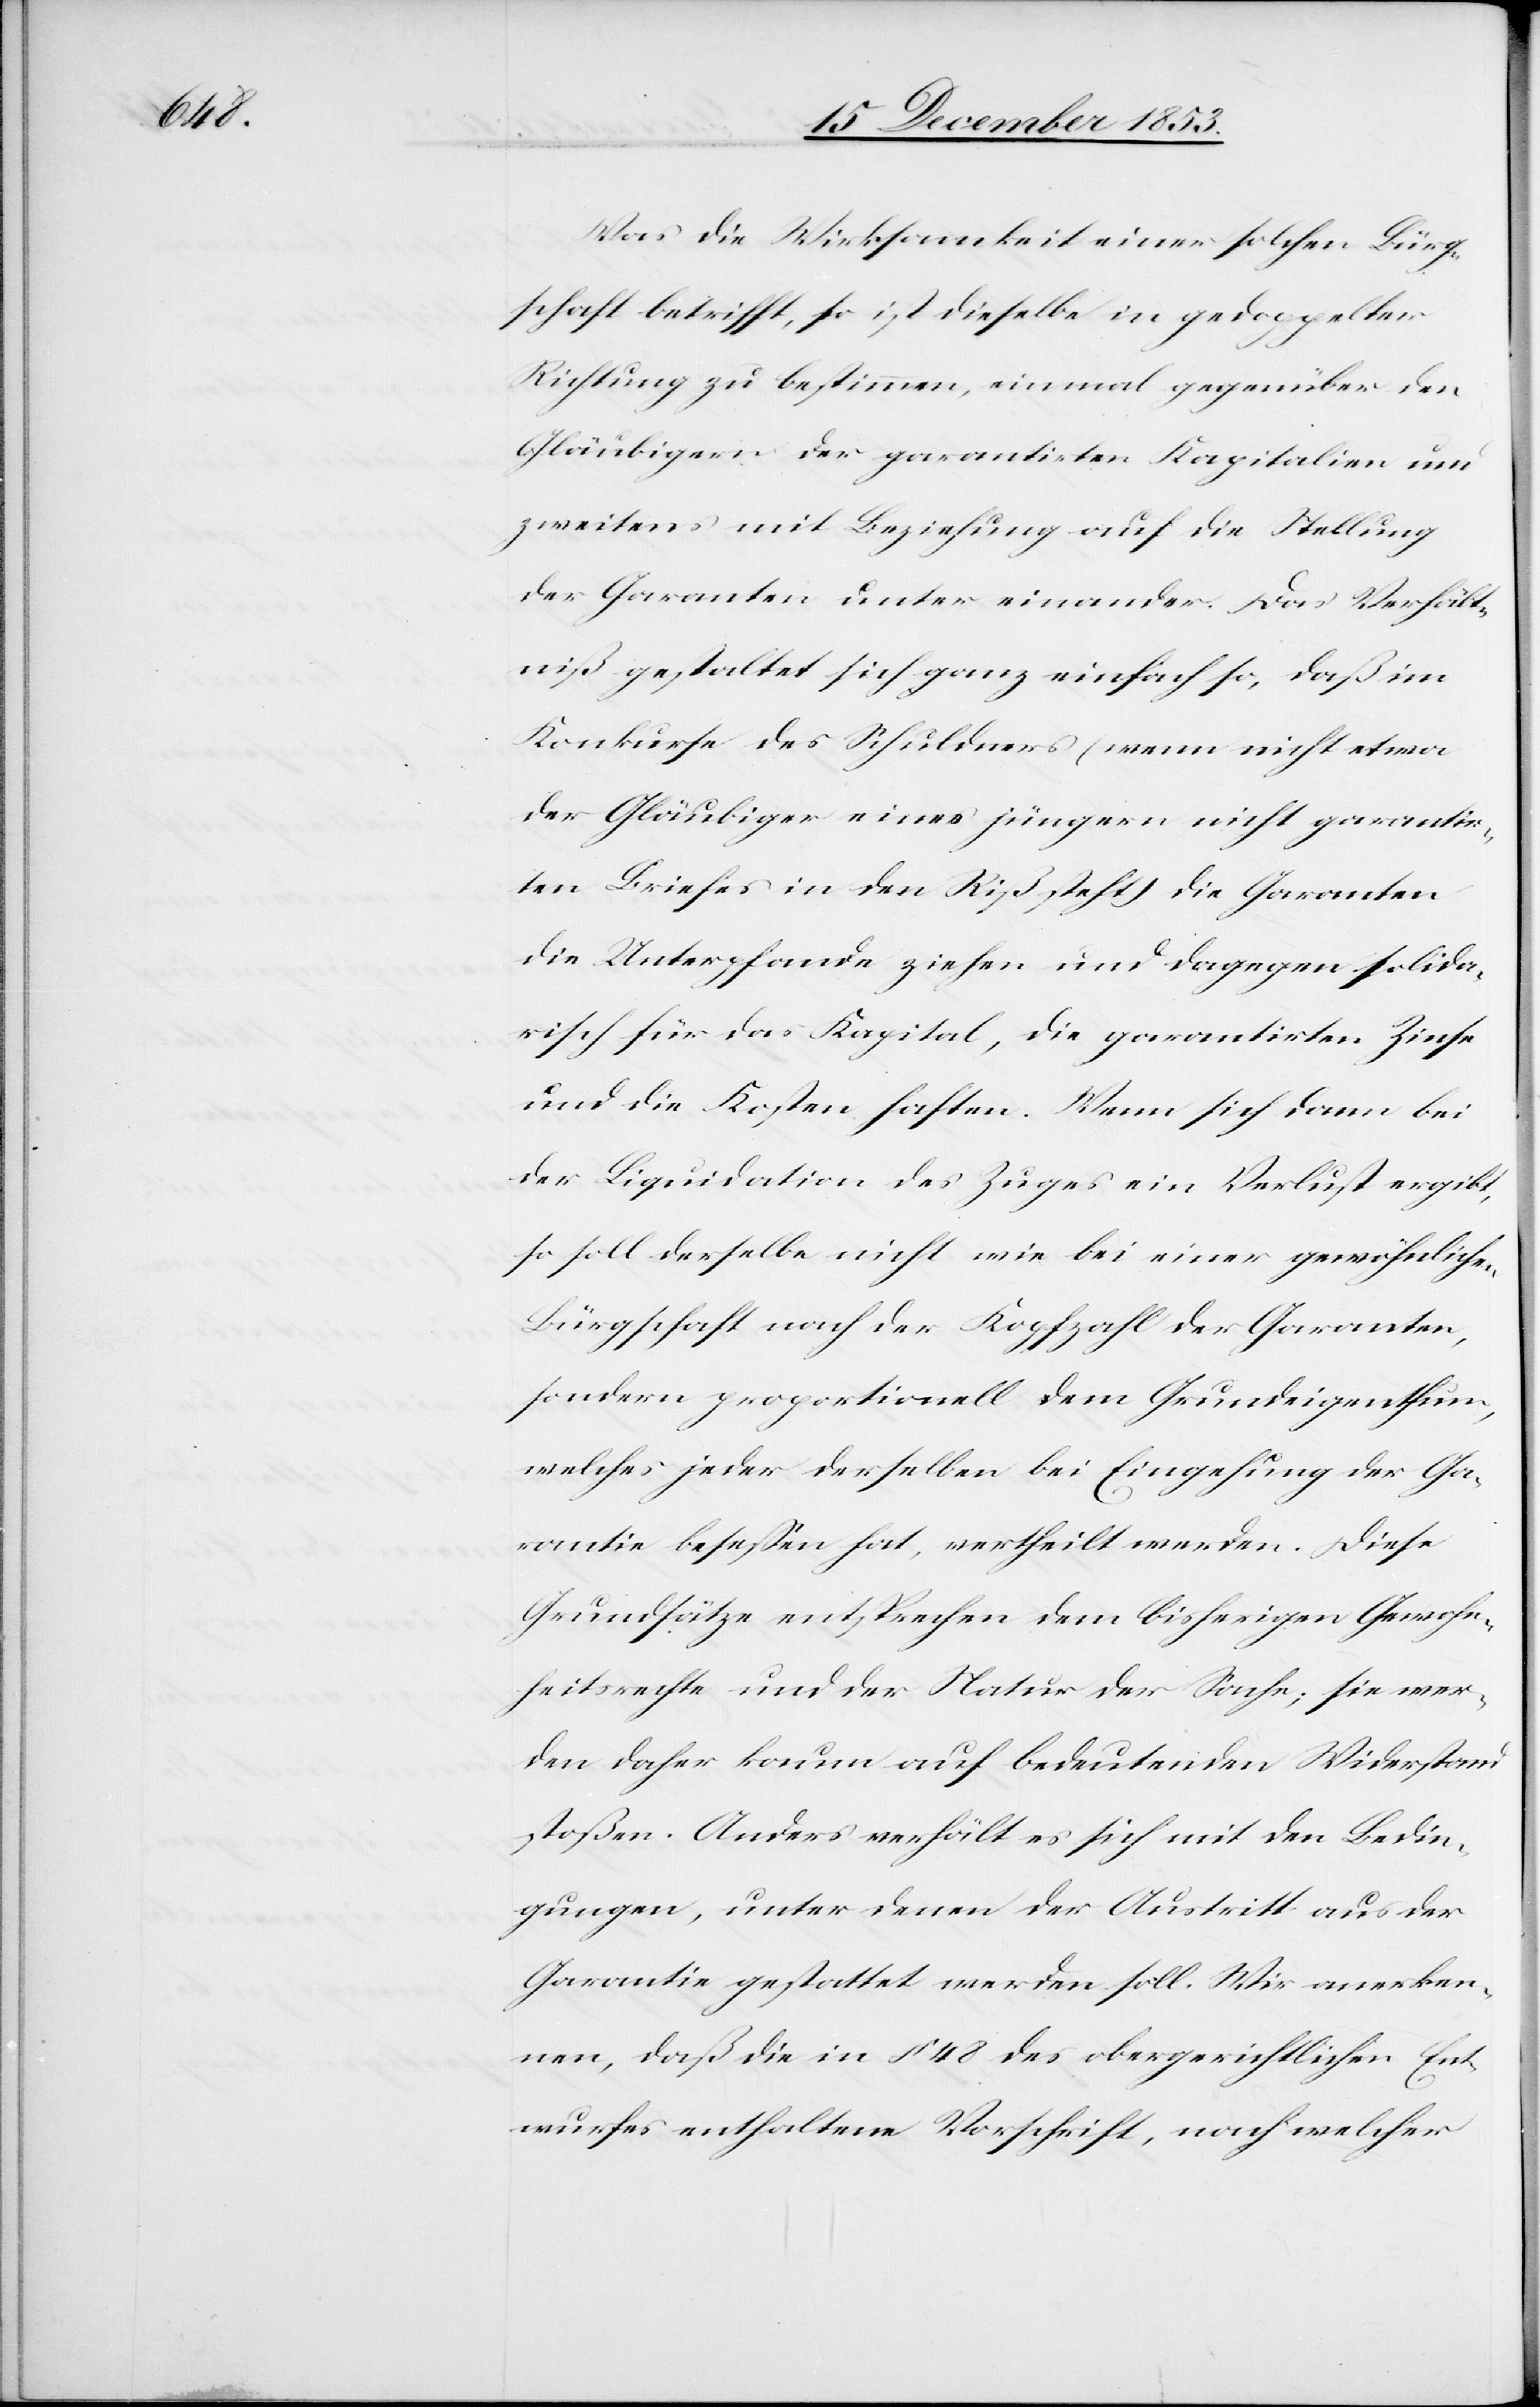
Was die Wirksamkeit einer solchen Bürg¬
schaft betrifft, so ist dieselbe in gedoppelter
Richtung zu bestimmen, einmal gegenüber den
Gläubigern der garantirten Kapitalien und
zweitens mit Beziehung auf die Stellung
der Garanten unter einander. Das Verhält¬
niß gestaltet sich ganz vielfach so, daß im
Konkurse des Schuldners (wenn nicht etwa
der Gläubiger eines jüngern nicht garantielo¬
sen Briefes in den Riß steht) die Garanten
die Unterpfande ziehen und dagegen solida¬
risch für das Kapital, die garantirten Zinse
und die Kosten haften. Wenn sich dann bei
der Liquidation des Zuges ein Verlust ergibt,
so soll derselbe nicht wie bei einer gewöhnlichen
Bürgschaft nach der Kopfzahl der Garanten,
sondern proportionell dem Grundeigenthum,
welches jeder derselben bei Empfehlung der Ga¬
rantie belaßen hat, vertheilt werden. Diese
Grundsätze entsprechen dem bisherigen Gewohn¬
heitsrechte und der Natur der Sache; sie wer¬
den daher kaum auf bedeutenden Widerstand
stoßen. Anders verhält es sich mit den Bedin¬
gungen, unter denen der Austritt aus der
Garantie gestattet werden soll. Wir anerken¬
nen, daß die in § 48 des obergerichtlichen Ent¬
wurfes enthaltene Vorschrift, nach welcher